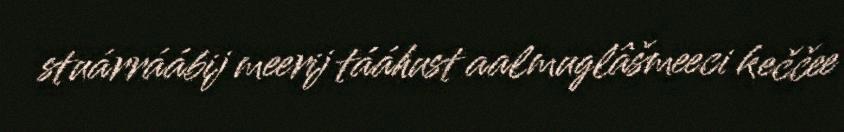
stuárráábij meerij tááhust aalmuglâšmeeci keččee